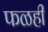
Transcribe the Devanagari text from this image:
फळही